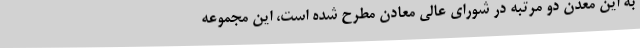
به این معدن دو مرتبه در شورای عالی معادن مطرح شده است، این مجموعه